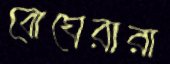
বোঘেরারা